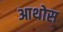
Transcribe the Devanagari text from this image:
आथोस